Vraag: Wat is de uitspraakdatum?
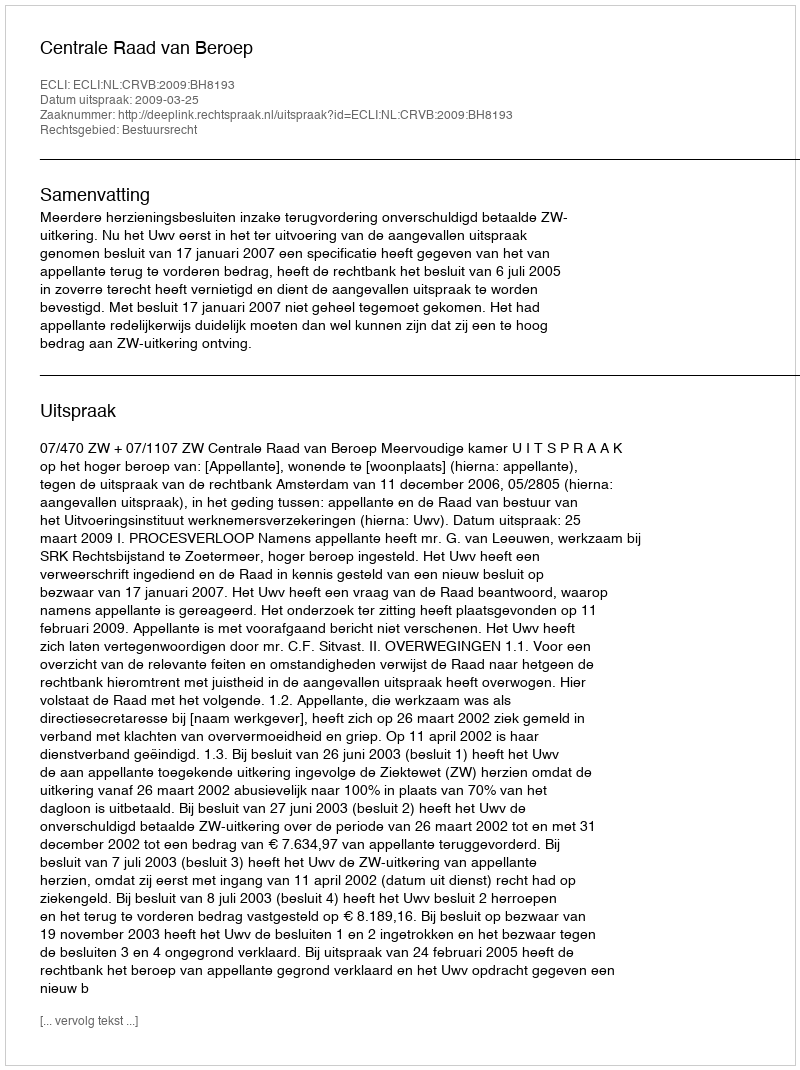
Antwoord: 2009-03-25